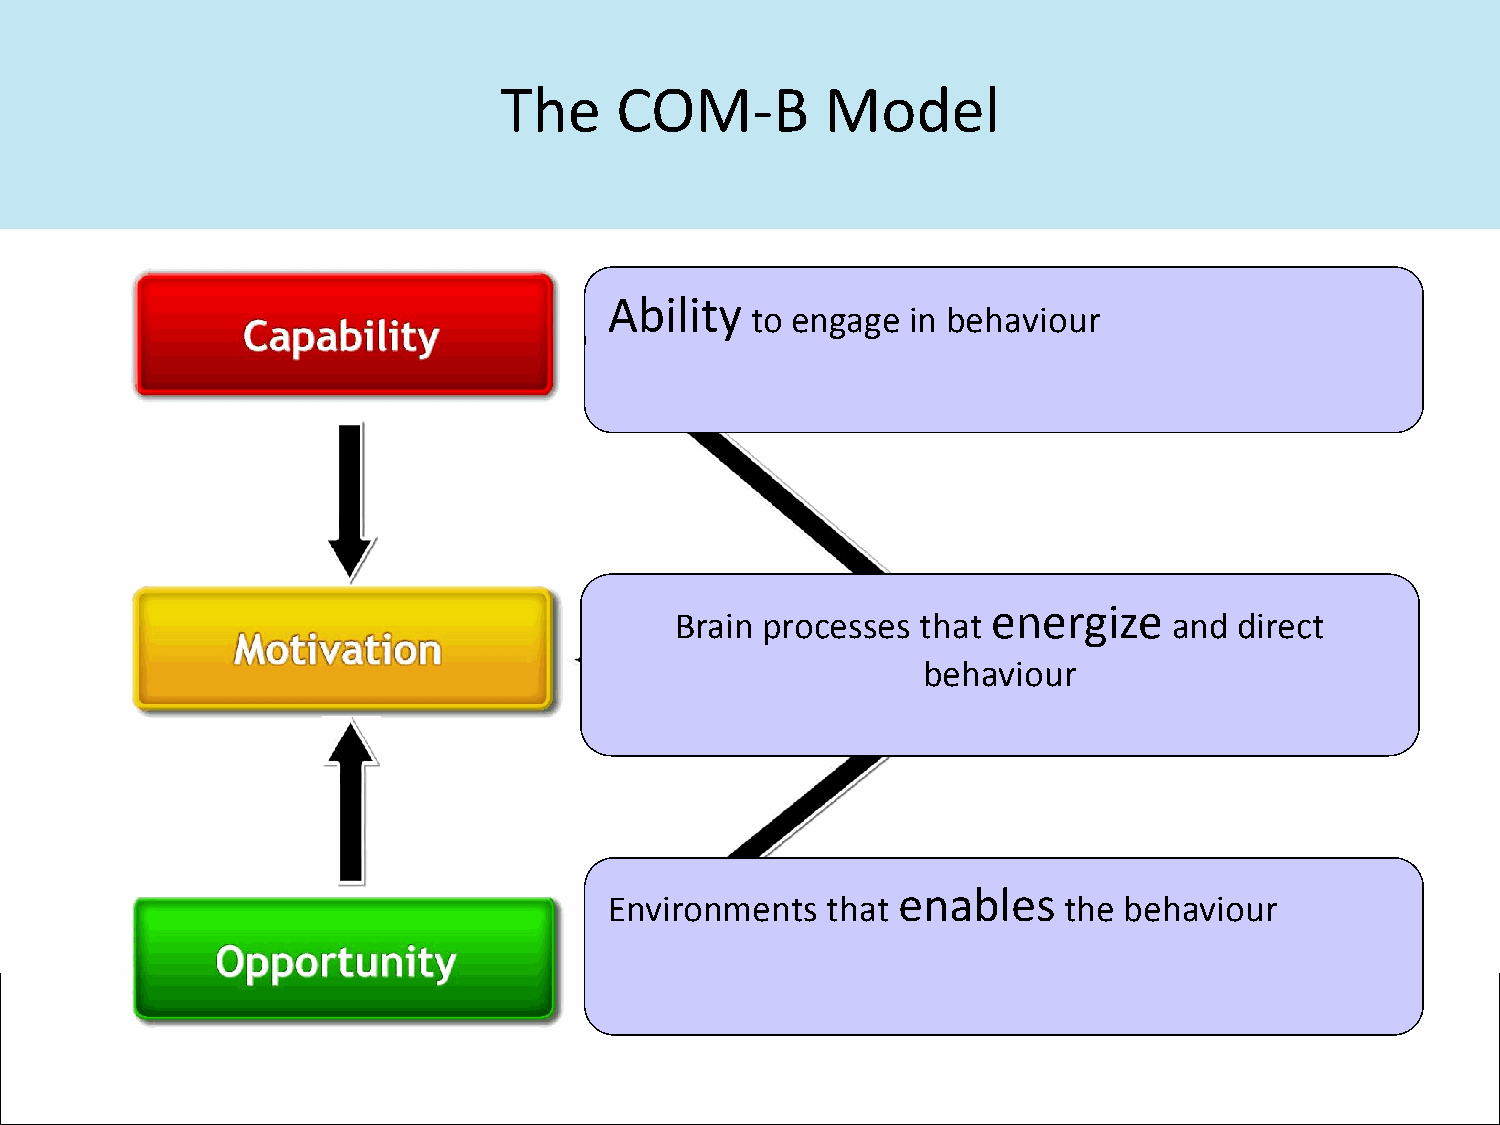
The     COM-B         Model
 Ability
 to engage in behaviour
 energize
 Brain processes that             and direct
 behaviour
 enables
 Environments   that           the behaviour